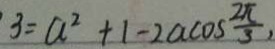
3 = a ^ { 2 } + 1 - 2 a \cos \frac { 2 \pi } { 3 } ,